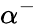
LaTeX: \alpha^{-}